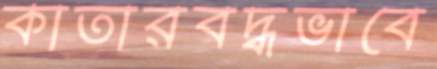
কাতারবদ্ধভাবে